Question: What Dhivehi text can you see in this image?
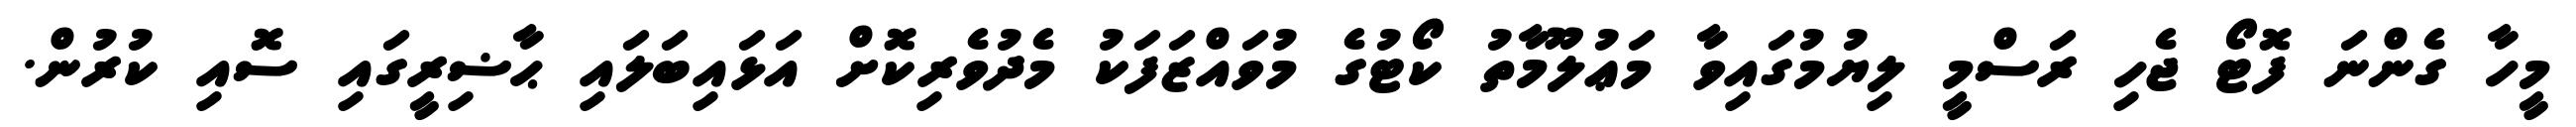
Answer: މީހާ ގެންނަ ފޮޓޯ ޖެހި ރަސްމީ ލިޔުމުގައިވާ މަޢުލޫމާތު ކޯޓުގެ މުވައްޒަފަކު މެދުވެރިކޮށް އަޅައިބަލައި ޙާޟިރީގައި ސޮއި ކުރުން.